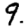
Digit: 9